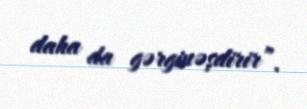
daha da gərginəşdirir”.